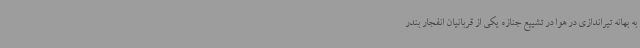
به بهانه تیراندازی در هوا در تشییع جنازه یکی از قربانیان انفجار بندر